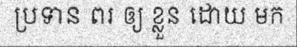
ប្រទាន ពរ ឲ្យ ខ្លួន ដោយ មក